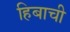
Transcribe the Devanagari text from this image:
हिबाची